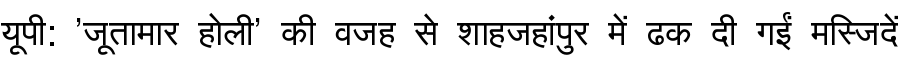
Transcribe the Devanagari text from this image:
यूपी: 'जूतामार होली' की वजह से शाहजहांपुर में ढक दी गईं मस्जिदें